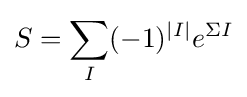
S=\sum _{I}(-1)^{|I|}e^{\Sigma I}